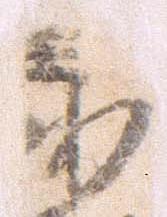
義